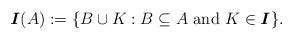
LaTeX: \begin{align*}\textbf{\emph{I}}(A):=\{B\cup K: B\subseteq A \,\,\mbox{and}\,\, K\in\textbf{\emph{I}}\}.\end{align*}